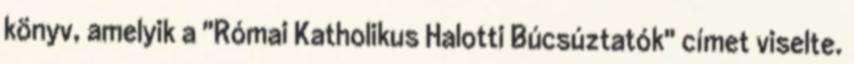
könyv, amelyik a "Római Katholikus Halotti Búcsúztatók" címet viselte.